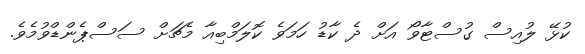
ކުޅޭ ލުއިސް ގުސްޓާވޯ އަށް ދެ ކާޑު ހަމަވެ ކޮލަމްބިއާ މެޗަށް ސަސްޕެންޑްވުމެވެ.